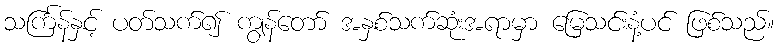
သင်္ကြန်နှင့် ပတ်သက်၍ ကျွန်တော် အနှစ်သက်ဆုံးအရာမှာ မြေသင်းနံ့ပင် ဖြစ်သည်။